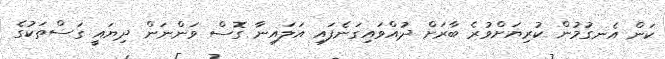
ކަން އެނގުމުން ކުރިޔަށްވުރެ ބާރަށް ދުއްވައިގަނެފައި އަލައިނާ ގޮސް ވަންނަން ދިޔައީ ގަސްތަކުގެ